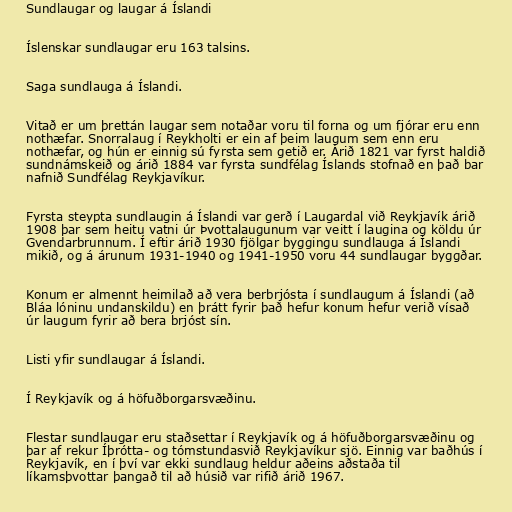
Sundlaugar og laugar á Íslandi

Íslenskar sundlaugar eru 163 talsins.

Saga sundlauga á Íslandi.

Vitað er um þrettán laugar sem notaðar voru til forna og um fjórar eru enn
nothæfar. Snorralaug í Reykholti er ein af þeim laugum sem enn eru
nothæfar, og hún er einnig sú fyrsta sem getið er. Árið 1821 var fyrst haldið
sundnámskeið og árið 1884 var fyrsta sundfélag Íslands stofnað en það bar
nafnið Sundfélag Reykjavíkur.

Fyrsta steypta sundlaugin á Íslandi var gerð í Laugardal við Reykjavík árið
1908 þar sem heitu vatni úr Þvottalaugunum var veitt í laugina og köldu úr
Gvendarbrunnum. Í eftir árið 1930 fjölgar byggingu sundlauga á Íslandi
mikið, og á árunum 1931-1940 og 1941-1950 voru 44 sundlaugar byggðar.

Konum er almennt heimilað að vera berbrjósta í sundlaugum á Íslandi (að
Bláa lóninu undanskildu) en þrátt fyrir það hefur konum hefur verið vísað
úr laugum fyrir að bera brjóst sín.

Listi yfir sundlaugar á Íslandi.

Í Reykjavík og á höfuðborgarsvæðinu.

Flestar sundlaugar eru staðsettar í Reykjavík og á höfuðborgarsvæðinu og
þar af rekur Íþrótta- og tómstundasvið Reykjavíkur sjö. Einnig var baðhús í
Reykjavík, en í því var ekki sundlaug heldur aðeins aðstaða til
líkamsþvottar þangað til að húsið var rifið árið 1967.